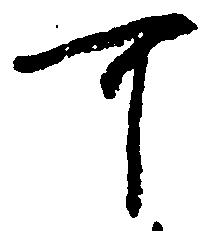
可